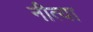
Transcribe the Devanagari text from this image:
नीत्या